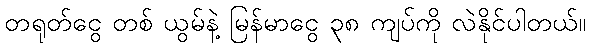
တရုတ်ငွေ တစ် ယွမ်နဲ့ မြန်မာငွေ ၃၈ ကျပ်ကို လဲနိုင်ပါတယ်။